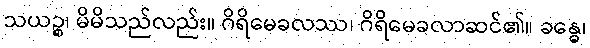
သယဉ္စ၊ မိမိသည်လည်း။ ဂိရိမေခလဿ၊ ဂိရိမေခလာဆင်၏။ ခန္ဓေ၊